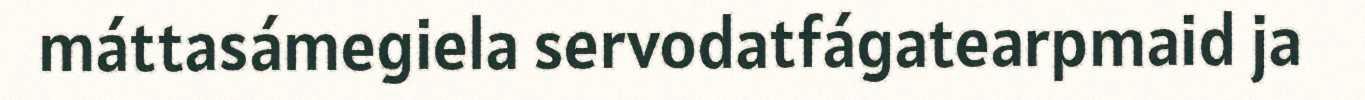
máttasámegiela servodatfágatearpmaid ja